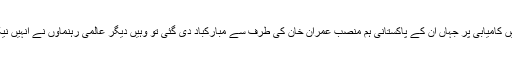
بھارتی وزیر اعظم کو انتخابات میں کامیابی پر جہاں ان کے پاکستانی ہم منصب عمران خان کی طرف سے مبارکباد دی گئی تو وہیں دیگر عالمی رہنماؤں نے انہیں نیک خواہشات کے پیغامات بھیجے۔